Investigations on Bengal jail dietaries - Number 37
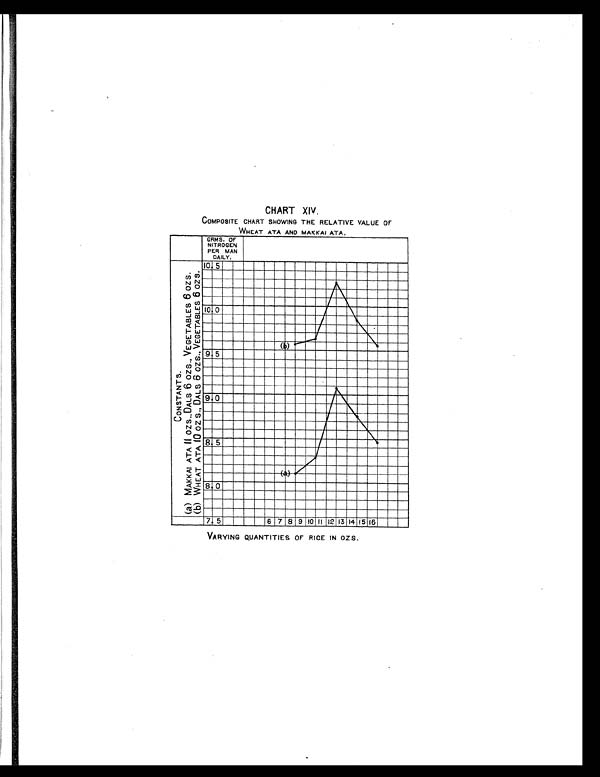
CHART XIV.
COMPOSITE CHART SHOWING THE RELATIVE VALUE OF
WHEAT ATA AND MAKKAI ATA.
VARYING QUANTITIES OF RICE IN OZS..